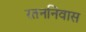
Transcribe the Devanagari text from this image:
रतननिवास